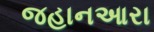
જહાનઆરા